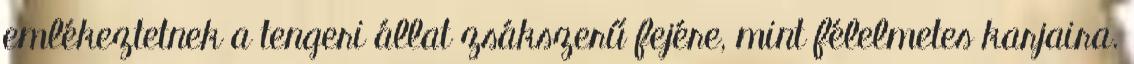
emlékeztetnek a tengeri állat zsákszerű fejére, mint félelmetes karjaira.